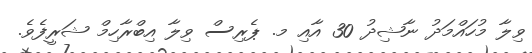
ވިލާ މުހައްމަދު ނާޝިދު 30 އާއި މ. ޕެރިސް ވިލާ އިބްރާހިމް ޝަރީފެވެ.